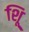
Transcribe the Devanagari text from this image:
शूि